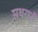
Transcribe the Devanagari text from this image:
स्थरानी